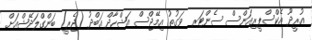
އުރީދޫ އެކްސްޕީރިއަންސް ސެންޓަރ  ވަގުތު އިމޭޖްސް އަޝްހާދް އަބްދު (ޖެރީ) ބަންގްލަދޭޝްއަށް